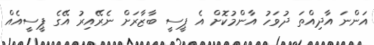
އަންނަ އާދިއްތަ ދުވަހު އާންމުކޮށް އެ ޕީސީ ބާޒާރަށް ނެރޭއިރު އޭގެ ޕީސީއެއް